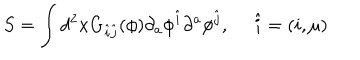
LaTeX: S = \int d ^ { 2 } x G _ { \hat { i } \hat { j } } ( \phi ) \partial _ { a } \phi ^ { \hat { i } } \partial ^ { a } \phi ^ { \hat { j } } , ~ ~ \hat { i } = ( i , \mu )